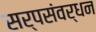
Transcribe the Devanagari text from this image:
सर्पसंवर्धन